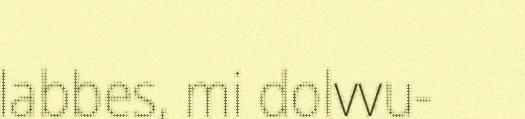
labbes, mi dolvvu-